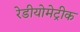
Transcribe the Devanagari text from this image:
रेडीयोमेट्रीक